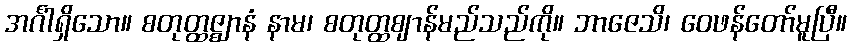
အင်္ဂါရှိသော။ စတုတ္ထဇ္ဈာနံ နာမ၊ စတုတ္ထဈာန်မည်သည်ကို။ ဘာဇေသိ၊ ဝေဖန်တော်မူပြီ။